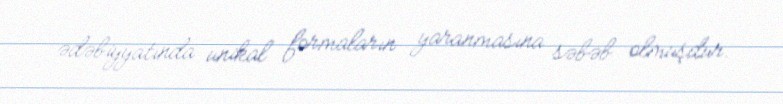
ədəbiyyatında unikal formaların yaranmasına səbəb olmuşdur.